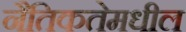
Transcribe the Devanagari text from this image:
नैतिकतेमधील